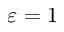
\varepsilon = 1